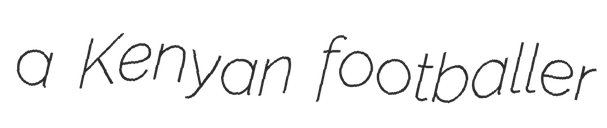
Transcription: a Kenyan footballer